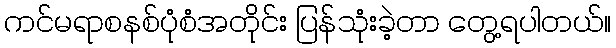
ကင်မရာစနစ်ပုံစံအတိုင်း ပြန်သုံးခဲ့တာ တွေ့ရပါတယ်။